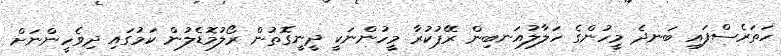
ހަތަރެސްފައި ބަނދެ މީހުންގެ ހަލާލުއަނބިން ރޭޕުކުރާ މީހުންނަކީ ދީނީގޮތުން ރޯލުމޮޑެލުން ކަމުގައި ދިވެހީންނަށް